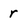
Character: r